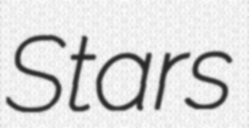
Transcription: Stars